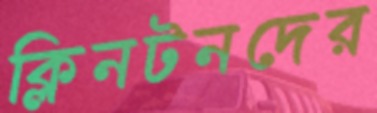
ক্লিনটনদের